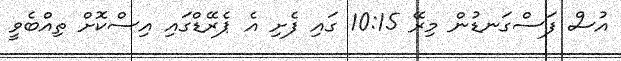
އުސް ފަސްގަނޑުން މިރޭ 10:15 ގައި ފެށި އެ ޕެރޭޑްގައި އިސްކޮށް ތިއްބެވީ